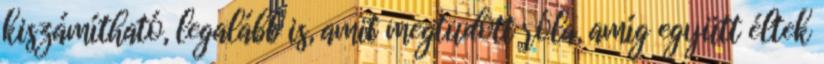
kiszámítható, legalább is, amit megtudott róla, amíg együtt éltek